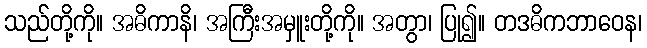
သည်တို့ကို။ အဓိကာနိ၊ အကြီးအမှူးတို့ကို။ အတွာ၊ ပြု၍။ တဒဓိကဘာဝေန၊